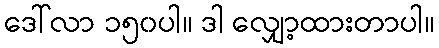
ဒေါ်လာ ၁၅၀ပါ။ ဒါ လျှော့ထားတာပါ။